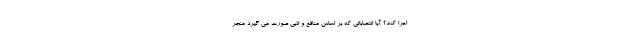
اجرا کند؟ آیا انتصاباتی که بر اساس منافع و لابی صورت می گیرد منجر